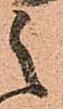
之